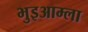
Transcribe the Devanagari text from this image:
भुइआम्ला